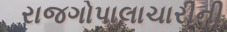
રાજગોપાલાચારીની